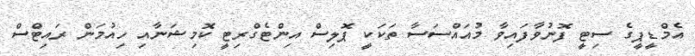
އެމްޑީޕީގެ ސިޓީ ފޮނުވާފައިވާ މުއައްސަސާ ތަކަކީ ޕޮލިސް އިންޓެގްރިޓީ ކޮމިޝަނާއި ހިއުމަން ރައިޓްސް